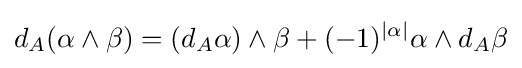
d_{A}(\alpha \wedge \beta )=(d_{A}\alpha )\wedge \beta +(-1)^{|\alpha |}\alpha \wedge d_{A}\beta